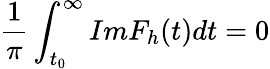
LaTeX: \frac{1}{\pi}\int_{t_{0}}^{\infty}ImF_{h}(t)dt=0